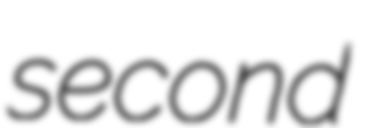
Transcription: second